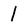
Character: l